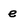
Character: e